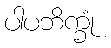
ပါပဘိက္ခုံ